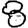
Digit: 8